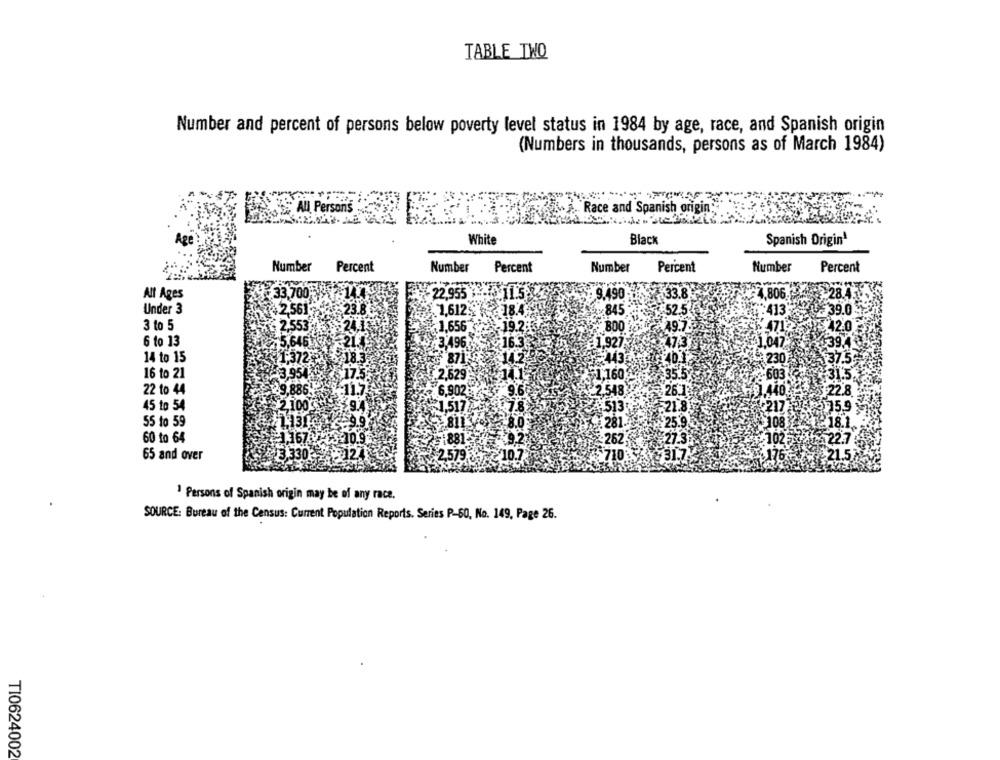
TABLE TWO
Number and percent of persons below poverty level status in 1984 by age, race, and Spanish origin
(Numbers in thousands, persons as of March 1984)
All Person's
w. Race and Spanish origin
White
Black
Spanish Drigin'
Number
Percent
Number
Percent
Number
Percent
Number
Percent
All Ages
33.700
22.955
: 9.490
806
Under 3
2561
1.612
¥84
39.0
3 to 5
1.65€
800
42.0
6 to 13
3/496
1,92
14 to 15
16 to 21
160
-60
22 to 44
22.8
45 to 54
55 to 59
60 to 64
23
65 and over
31.7
1 Persons of Spanish origin may be of any race.
SOURCE: Bureau of the Census: Current Population Reports. Series P-60, No. 149, Page 26.
TI0624002